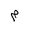
Letter: _mim